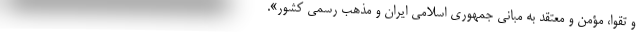
و تقوا، مؤمن و معتقد به مبانی جمهوری اسلامی ایران و مذهب رسمی کشور».